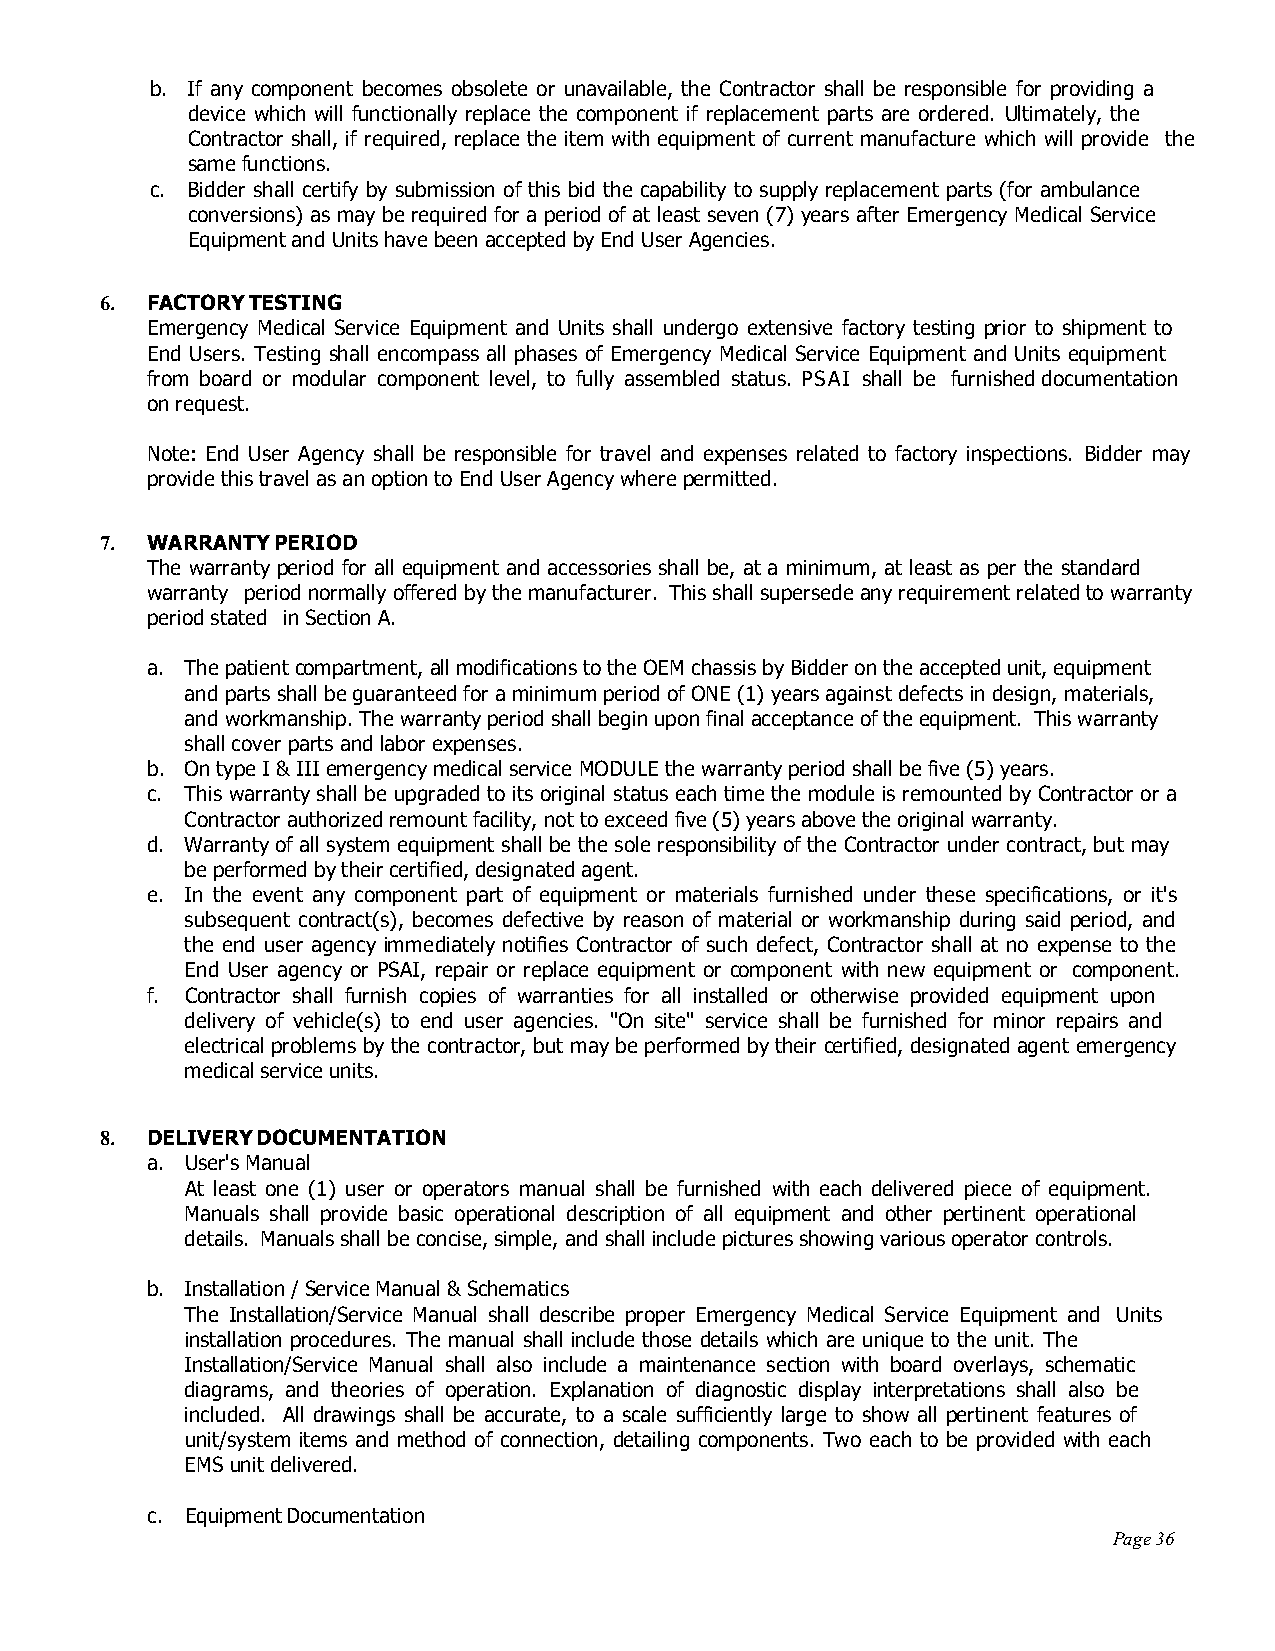
b. If any component becomes obsolete or unavailable, the Contractor shall be responsible for providing a
 device which will functionally replace the component if replacement parts are ordered. Ultimately, the
 Contractor shall, if required, replace the item with equipment of current manufacture which will provide the
 same functions.
 c. Bidder shall certify by submission of this bid the capability to supply replacement parts (for ambulance
 conversions) as may be required for a period of at least seven (7) years after Emergency Medical Service
 Equipment and Units have been accepted by End User Agencies.
 6. FACTORY TESTING
 Emergency Medical Service Equipment and Units shall undergo extensive factory testing prior to shipment to
 End Users. Testing shall encompass all phases of Emergency Medical Service Equipment and Units equipment
 from board or modular component level, to fully assembled status. PSAI shall be furnished documentation
 on request.
 Note: End User Agency shall be responsible for travel and expenses related to factory inspections. Bidder may
 provide this travel as an option to End User Agency where permitted.
 7. WARRANTY PERIOD
 The warranty period for all equipment and accessories shall be, at a minimum, at least as per the standard
 warranty period normally offered by the manufacturer. This shall supersede any requirement related to warranty
 period stated in Section A.
 a. The patient compartment, all modifications to the OEM chassis by Bidder on the accepted unit, equipment
 and parts shall be guaranteed for a minimum period of ONE (1) years against defects in design, materials,
 and workmanship. The warranty period shall begin upon final acceptance of the equipment. This warranty
 shall cover parts and labor expenses.
 b. On type I & III emergency medical service MODULE the warranty period shall be five (5) years.
 c. This warranty shall be upgraded to its original status each time the module is remounted by Contractor or a
 Contractor authorized remount facility, not to exceed five (5) years above the original warranty.
 d. Warranty of all system equipment shall be the sole responsibility of the Contractor under contract, but may
 be performed by their certified, designated agent.
 e. In the event any component part of equipment or materials furnished under these specifications, or it's
 subsequent contract(s), becomes defective by reason of material or workmanship during said period, and
 the end user agency immediately notifies Contractor of such defect, Contractor shall at no expense to the
 End User agency or PSAI, repair or replace equipment or component with new equipment or component.
 f. Contractor shall furnish copies of warranties for all installed or otherwise provided equipment upon
 delivery of vehicle(s) to end user agencies. "On site" service shall be furnished for minor repairs and
 electrical problems by the contractor, but may be performed by their certified, designated agent emergency
 medical service units.
 8. DELIVERY DOCUMENTATION
 a. User's Manual
 At least one (1) user or operators manual shall be furnished with each delivered piece of equipment.
 Manuals shall provide basic operational description of all equipment and other pertinent operational
 details. Manuals shall be concise, simple, and shall include pictures showing various operator controls.
 b. Installation / Service Manual & Schematics
 The Installation/Service Manual shall describe proper Emergency Medical Service Equipment and Units
 installation procedures. The manual shall include those details which are unique to the unit. The
 Installation/Service Manual shall also include a maintenance section with board overlays, schematic
 diagrams, and theories of operation. Explanation of diagnostic display interpretations shall also be
 included. All drawings shall be accurate, to a scale sufficiently large to show all pertinent features of
 unit/system items and method of connection, detailing components. Two each to be provided with each
 EMS unit delivered.
 c. Equipment Documentation
 Page 36